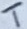
Text: T